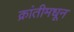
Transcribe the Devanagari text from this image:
क्रांतीमधून